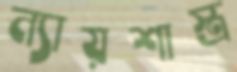
ন্যায়শাস্ত্র